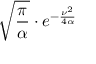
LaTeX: { \sqrt { \frac { \pi } { \alpha } } } \cdot e ^ { - { \frac { \nu ^ { 2 } } { 4 \alpha } } }